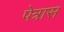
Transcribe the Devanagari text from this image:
पेत्रास